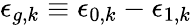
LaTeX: \epsilon_{g,k}\equiv\epsilon_{0,k}-\epsilon_{1,k}